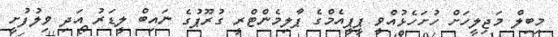
މިބިލް މަޖިލީހަށް ހުށަހެޅުއްވީ ޕީޕީއެމްގެ ޕާލިމެންޓްރީ ގުރޫޕުގެ ނައިބް ލީޑަރު އަދި ވިލުފުށީ